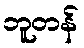
ဘူတန်